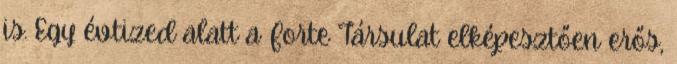
is. Egy évtized alatt a Forte Társulat elképesztően erős,